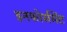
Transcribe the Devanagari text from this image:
इनफोर्समेंट